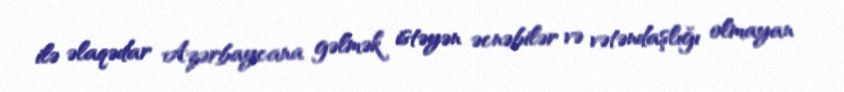
ilə əlaqədar Azərbaycana gəlmək istəyən əcnəbilər və vətəndaşlığı olmayan